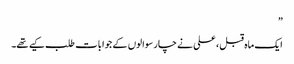
”
ایک ماہ قبل ، علی نے چار سوالوں کے جوابات طلب کیے تھے۔